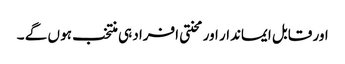
اور قابل ایماندار اور محنتی افراد ہی منتخب ہو ں گے ۔